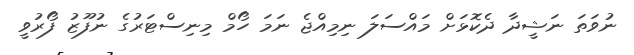
ނުވަތަ ނަޝީދާ ދެކޮޅަށް މައްސަލަ ނިމިއްޖެ ނަމަ ހޯމް މިނިސްޓަރުގެ ނުފޫޒު ފޯރުވީ